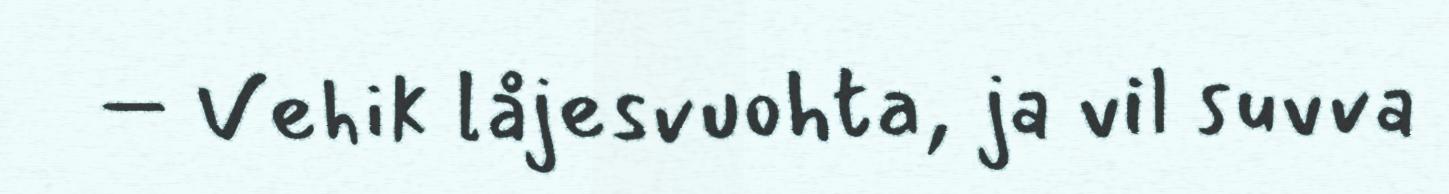
– Vehik låjesvuohta, ja vil suvva